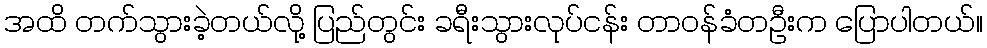
အထိ တက်သွားခဲ့တယ်လို့ ပြည်တွင်း ခရီးသွားလုပ်ငန်း တာဝန်ခံတဦးက ပြောပါတယ်။